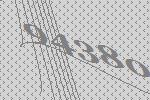
94380